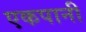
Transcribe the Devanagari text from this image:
एकपानी